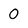
Character: 0